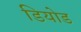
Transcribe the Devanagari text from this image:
डियोड